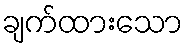
ချက်ထားသော